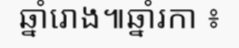
ឆ្នាំរោង៕ឆ្នាំរកា ៖